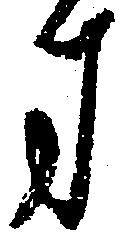
方